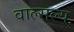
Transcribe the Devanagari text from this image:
वाल्सल्य